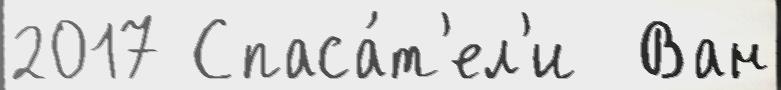
2017 Спаса́т'ел'и  Ван